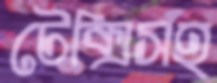
টেক্সিসহ